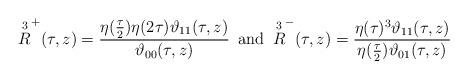
LaTeX: \begin{align*}\overset{3}{R}^{+}(\tau, z)= \frac{\eta(\frac{\tau}{2})\eta(2\tau)\vartheta_{11}(\tau,z)}{\vartheta_{00}(\tau,z)}\,\,\,\hbox{and}\,\,\,\overset{3}{R}^{-}(\tau, z)=\frac{\eta(\tau)^3 \vartheta_{11}(\tau,z)}{\eta(\frac{\tau}{2})\vartheta_{01}(\tau,z)} \end{align*}